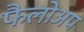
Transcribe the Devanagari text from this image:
फैलोअप